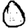
Digit: 0